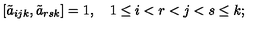
[ \tilde { a } _ { i j k } , \tilde { a } _ { r s k } ] = 1 , \quad 1 \le i < r < j < s \le k ;